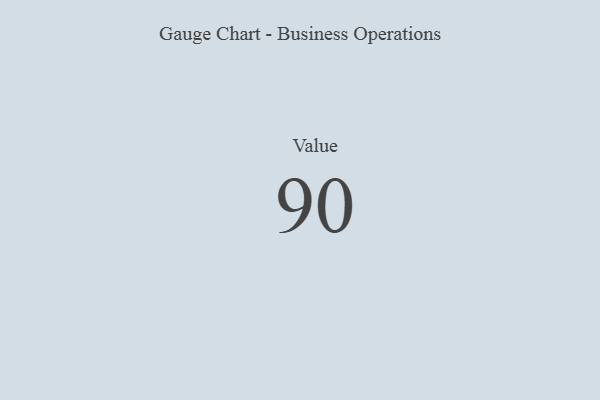
{"axis": {"x": "Metric", "y": "Value"}, "legend": [""], "data": [{"x": "Value", "y": 90, "type": ""}]}